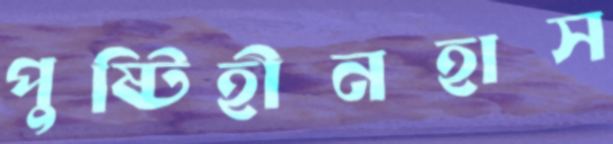
পুষ্টিহীনহাস